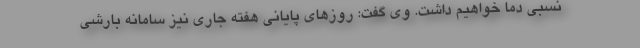
نسبی دما خواهیم داشت. وی گفت: روزهای پایانی هفته جاری نیز سامانه بارشی